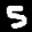
Digit: 5